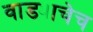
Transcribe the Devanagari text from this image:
वाड्याचेच